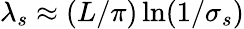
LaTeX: \lambda_{s}\approx(L/\pi)\ln(1/\sigma_{s})